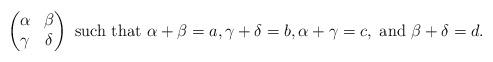
LaTeX: \begin{align*}\begin{pmatrix} \alpha & \beta \\ \gamma & \delta \end{pmatrix} \textup{ such that }\alpha+\beta=a, \gamma + \delta = b, \alpha + \gamma=c, \textup{ and } \beta+\delta = d. \end{align*}